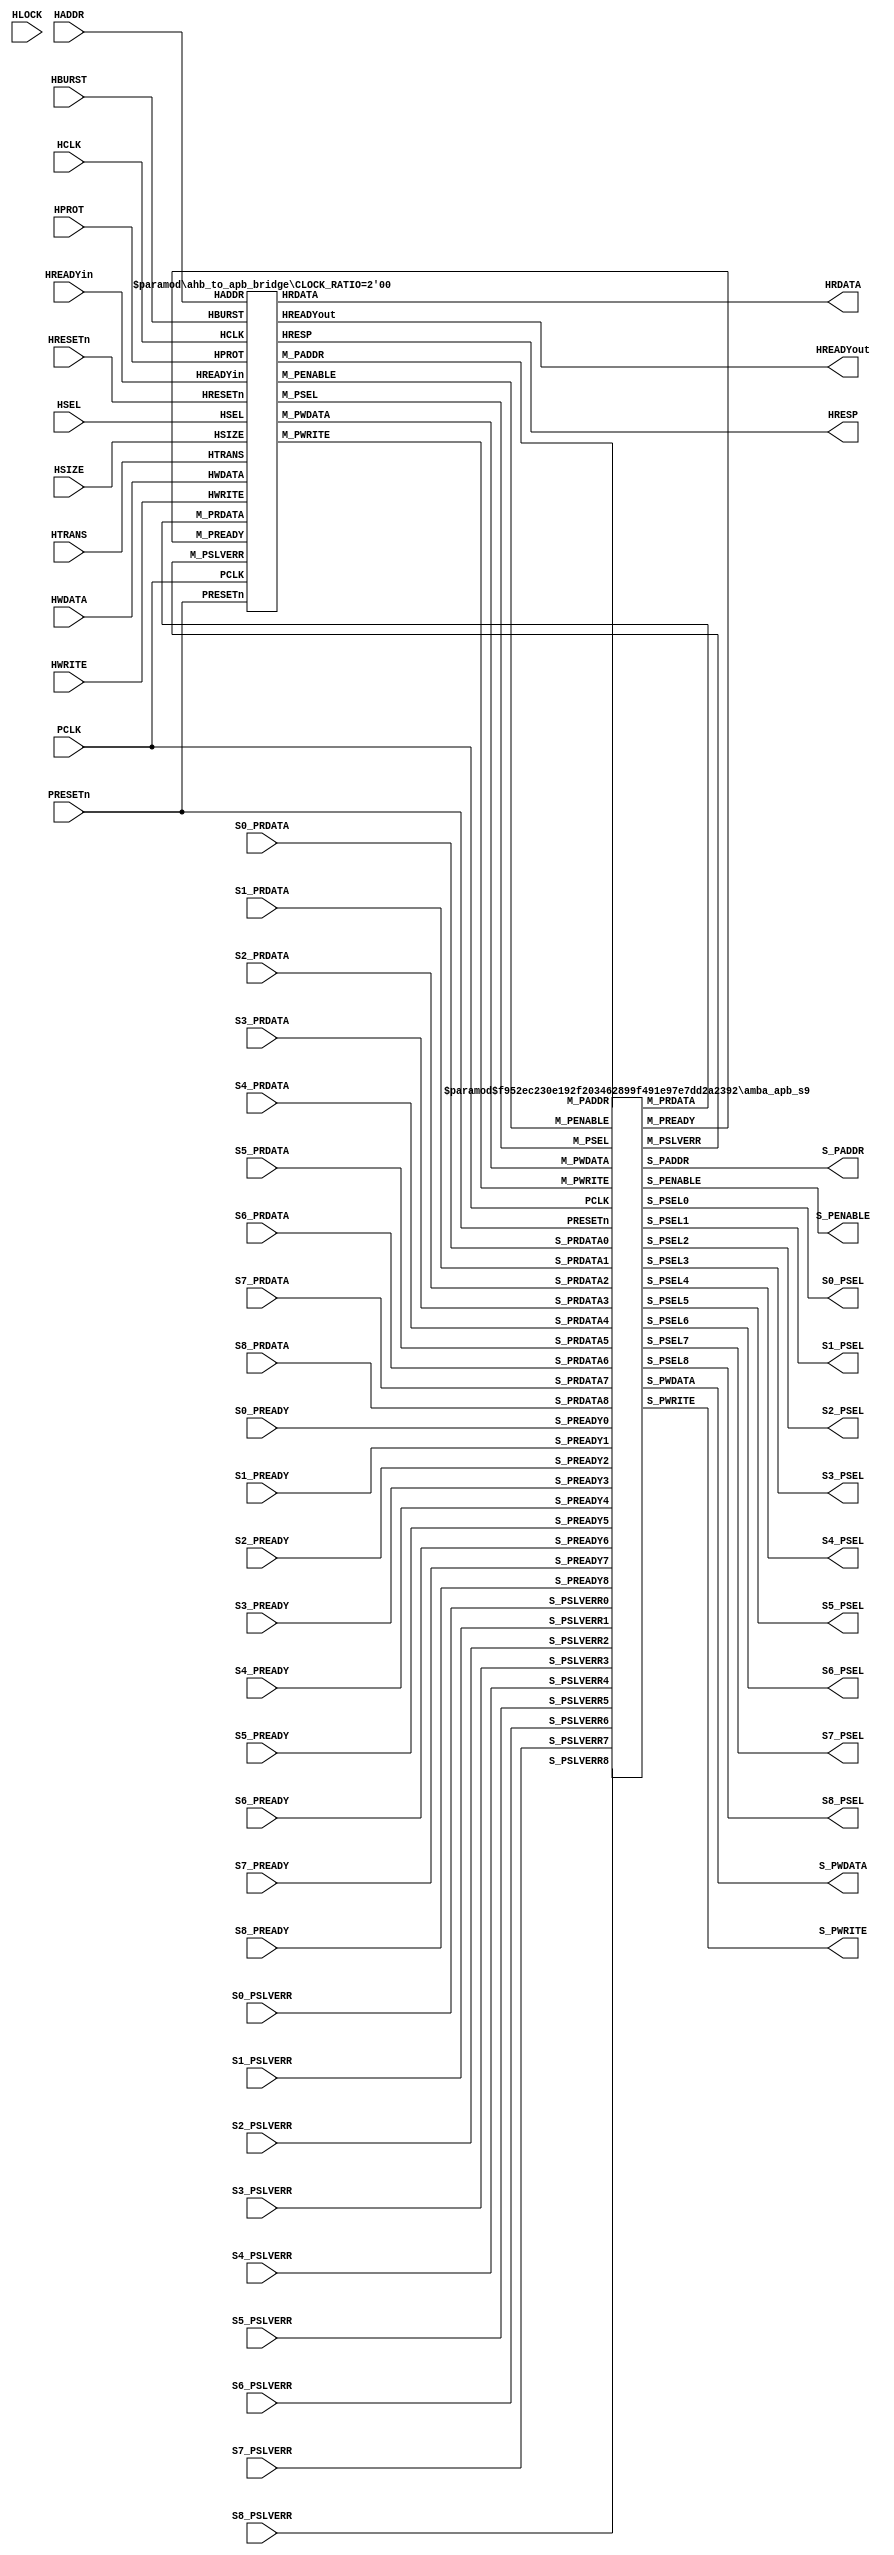
//---------------------------------------------------------------------------
// gen_amba_apb.v generated by "gen_amba_apb"
//---------------------------------------------------------------------------
//---------------------------------------------------------------------------
 `define AMBA_APB3 
module ahb_to_apb_9s
     #(parameter P_NUM=9
               , P_PSEL0_START=32'h4A100000, P_PSEL0_SIZE=32'h00001000
               , P_PSEL1_START=32'h4A101000, P_PSEL1_SIZE=32'h00001000
               , P_PSEL2_START=32'h4A102000, P_PSEL2_SIZE=32'h00001000
               , P_PSEL3_START=32'h4A103000, P_PSEL3_SIZE=32'h00001000
               , P_PSEL4_START=32'h4A104000, P_PSEL4_SIZE=32'h00001000
               , P_PSEL5_START=32'h4A105000, P_PSEL5_SIZE=32'h00001000
               , P_PSEL6_START=32'h4A106000, P_PSEL6_SIZE=32'h00001000
               , P_PSEL7_START=32'h4A107000, P_PSEL7_SIZE=32'h00001000
               , P_PSEL8_START=32'h4A108000, P_PSEL8_SIZE=32'h00001000
               , CLOCK_RATIO=2'b00 // 0=1:1, 3=async
       )
(
       input  wire        HRESETn
     , input  wire        HCLK
     , input  wire        HSEL
     , input  wire [31:0] HADDR
     , input  wire [ 1:0] HTRANS
     , input  wire [ 3:0] HPROT
     , input  wire        HLOCK
     , input  wire        HWRITE
     , input  wire [ 2:0] HSIZE
     , input  wire [ 2:0] HBURST
     , input  wire [31:0] HWDATA
     , output wire [31:0] HRDATA
     , output wire [ 1:0] HRESP
     , input  wire        HREADYin
     , output wire        HREADYout
     , input  wire        PCLK
     , input  wire        PRESETn
     , output wire        S_PENABLE
     , output wire [31:0] S_PADDR
     , output wire        S_PWRITE
     , output wire [31:0] S_PWDATA
     , output wire        S0_PSEL
     , input  wire [31:0] S0_PRDATA
     `ifdef AMBA_APB3
     , input  wire        S0_PREADY
     , input  wire        S0_PSLVERR
     `endif
     , output wire        S1_PSEL
     , input  wire [31:0] S1_PRDATA
     `ifdef AMBA_APB3
     , input  wire        S1_PREADY
     , input  wire        S1_PSLVERR
     `endif
     , output wire        S2_PSEL
     , input  wire [31:0] S2_PRDATA
     `ifdef AMBA_APB3
     , input  wire        S2_PREADY
     , input  wire        S2_PSLVERR
     `endif
     , output wire        S3_PSEL
     , input  wire [31:0] S3_PRDATA
     `ifdef AMBA_APB3
     , input  wire        S3_PREADY
     , input  wire        S3_PSLVERR
     `endif
     , output wire        S4_PSEL
     , input  wire [31:0] S4_PRDATA
     `ifdef AMBA_APB3
     , input  wire        S4_PREADY
     , input  wire        S4_PSLVERR
     `endif
     , output wire        S5_PSEL
     , input  wire [31:0] S5_PRDATA
     `ifdef AMBA_APB3
     , input  wire        S5_PREADY
     , input  wire        S5_PSLVERR
     `endif
     , output wire        S6_PSEL
     , input  wire [31:0] S6_PRDATA
     `ifdef AMBA_APB3
     , input  wire        S6_PREADY
     , input  wire        S6_PSLVERR
     `endif
     , output wire        S7_PSEL
     , input  wire [31:0] S7_PRDATA
     `ifdef AMBA_APB3
     , input  wire        S7_PREADY
     , input  wire        S7_PSLVERR
     `endif
     , output wire        S8_PSEL
     , input  wire [31:0] S8_PRDATA
     `ifdef AMBA_APB3
     , input  wire        S8_PREADY
     , input  wire        S8_PSLVERR
     `endif
     `ifdef AMBA_APB4
     , output wire [ 2:0] S_PPROT
     , output wire [ 3:0] S_PSTRB
     `endif
);
   //-----------------------------------------------------
   wire        M_PSEL   ;
   wire        M_PENABLE;
   wire [31:0] M_PADDR  ;
   wire        M_PWRITE ;
   wire [31:0] M_PRDATA ;
   wire [31:0] M_PWDATA ;
   `ifdef AMBA_APB3
   wire        M_PREADY ;
   wire        M_PSLVERR;
   `endif
   `ifdef AMBA_APB4
   wire [ 2:0] M_PPROT  ;
   wire [ 3:0] M_PSTRB  ;
   `endif
   //-----------------------------------------------------
    ahb_to_apb_bridge #(.CLOCK_RATIO(CLOCK_RATIO))
    u_ahb_to_apb_bridge (
          .HRESETn   (HRESETn)
        , .HCLK      (HCLK)
        , .HSEL      (HSEL)
        , .HADDR     (HADDR)
        , .HTRANS    (HTRANS)
        , .HPROT     (HPROT)
        , .HWRITE    (HWRITE)
        , .HSIZE     (HSIZE)
        , .HBURST    (HBURST)
        , .HWDATA    (HWDATA)
        , .HRDATA    (HRDATA)
        , .HRESP     (HRESP)
        , .HREADYin  (HREADYin)
        , .HREADYout (HREADYout)

        , .PCLK      (PCLK)
        , .PRESETn   (PRESETn)
        , .M_PSEL    (M_PSEL)
        , .M_PENABLE (M_PENABLE)
        , .M_PADDR   (M_PADDR)
        , .M_PWRITE  (M_PWRITE)
        , .M_PRDATA  (M_PRDATA)
        , .M_PWDATA  (M_PWDATA)

        `ifdef AMBA_APB3
        , .M_PREADY      (M_PREADY )
        , .M_PSLVERR     (M_PSLVERR)
        `endif
        `ifdef AMBA_APB4
        , .M_PPROT       (M_PPROT)
        , .M_PSTRB       (M_PSTRB)
        `endif

   );
   //-----------------------------------------------------
   amba_apb_s9 #(.P_NUM(9)// num of slaves
                ,.P_PSEL0_START(P_PSEL0_START),.P_PSEL0_SIZE(P_PSEL0_SIZE)
                ,.P_PSEL1_START(P_PSEL1_START),.P_PSEL1_SIZE(P_PSEL1_SIZE)
                ,.P_PSEL2_START(P_PSEL2_START),.P_PSEL2_SIZE(P_PSEL2_SIZE)
                ,.P_PSEL3_START(P_PSEL3_START),.P_PSEL3_SIZE(P_PSEL3_SIZE)
                ,.P_PSEL4_START(P_PSEL4_START),.P_PSEL4_SIZE(P_PSEL4_SIZE)
                ,.P_PSEL5_START(P_PSEL5_START),.P_PSEL5_SIZE(P_PSEL5_SIZE)
                ,.P_PSEL6_START(P_PSEL6_START),.P_PSEL6_SIZE(P_PSEL6_SIZE)
                ,.P_PSEL7_START(P_PSEL7_START),.P_PSEL7_SIZE(P_PSEL7_SIZE)
                ,.P_PSEL8_START(P_PSEL8_START),.P_PSEL8_SIZE(P_PSEL8_SIZE)
                )
   u_amba_apb_s9 (
       .PRESETn       (PRESETn    )
     , .PCLK          (PCLK       )
     , .M_PSEL        (M_PSEL     )
     , .M_PENABLE     (M_PENABLE  )
     , .M_PADDR       (M_PADDR    )
     , .M_PWRITE      (M_PWRITE   )
     , .M_PWDATA      (M_PWDATA   )
     , .M_PRDATA      (M_PRDATA   )
     `ifdef AMBA_APB3
     , .M_PREADY      (M_PREADY   )
     , .M_PSLVERR     (M_PSLVERR  )
     `endif
     `ifdef AMBA_APB4
     , .M_PPROT       (M_PPROT    )
     , .M_PSTRB       (M_PSTRB    )
     `endif
     , .S_PADDR       (S_PADDR      )
     , .S_PENABLE     (S_PENABLE    )
     , .S_PWRITE      (S_PWRITE     )
     , .S_PWDATA      (S_PWDATA     )
     `ifdef AMBA_APB4
     , .S_PPROT       (S_PPROT      )
     , .S_PSTRB       (S_PSTRB      )
     `endif
     , .S_PSEL0      (S0_PSEL     )
     , .S_PRDATA0    (S0_PRDATA   )
     `ifdef AMBA_APB3
     , .S_PREADY0    (S0_PREADY   )
     , .S_PSLVERR0   (S0_PSLVERR  )
     `endif
     , .S_PSEL1      (S1_PSEL     )
     , .S_PRDATA1    (S1_PRDATA   )
     `ifdef AMBA_APB3
     , .S_PREADY1    (S1_PREADY   )
     , .S_PSLVERR1   (S1_PSLVERR  )
     `endif
     , .S_PSEL2      (S2_PSEL     )
     , .S_PRDATA2    (S2_PRDATA   )
     `ifdef AMBA_APB3
     , .S_PREADY2    (S2_PREADY   )
     , .S_PSLVERR2   (S2_PSLVERR  )
     `endif
     , .S_PSEL3      (S3_PSEL     )
     , .S_PRDATA3    (S3_PRDATA   )
     `ifdef AMBA_APB3
     , .S_PREADY3    (S3_PREADY   )
     , .S_PSLVERR3   (S3_PSLVERR  )
     `endif
     , .S_PSEL4      (S4_PSEL     )
     , .S_PRDATA4    (S4_PRDATA   )
     `ifdef AMBA_APB3
     , .S_PREADY4    (S4_PREADY   )
     , .S_PSLVERR4   (S4_PSLVERR  )
     `endif
     , .S_PSEL5      (S5_PSEL     )
     , .S_PRDATA5    (S5_PRDATA   )
     `ifdef AMBA_APB3
     , .S_PREADY5    (S5_PREADY   )
     , .S_PSLVERR5   (S5_PSLVERR  )
     `endif
     , .S_PSEL6      (S6_PSEL     )
     , .S_PRDATA6    (S6_PRDATA   )
     `ifdef AMBA_APB3
     , .S_PREADY6    (S6_PREADY   )
     , .S_PSLVERR6   (S6_PSLVERR  )
     `endif
     , .S_PSEL7      (S7_PSEL     )
     , .S_PRDATA7    (S7_PRDATA   )
     `ifdef AMBA_APB3
     , .S_PREADY7    (S7_PREADY   )
     , .S_PSLVERR7   (S7_PSLVERR  )
     `endif
     , .S_PSEL8      (S8_PSEL     )
     , .S_PRDATA8    (S8_PRDATA   )
     `ifdef AMBA_APB3
     , .S_PREADY8    (S8_PREADY   )
     , .S_PSLVERR8   (S8_PSLVERR  )
     `endif
   );
   //-----------------------------------------------------
endmodule
//---------------------------------------------------------------------------
//---------------------------------------------------------------------------
`ifndef AHB_TO_APB_BRIDGE_V
`define AHB_TO_APB_BRIDGE_V
module ahb_to_apb_bridge
     #(parameter CLOCK_RATIO=2'b00) // 0=1:1, 3=async
(
       input  wire        HRESETn
     , input  wire        HCLK
     , input  wire        HSEL
     , input  wire [31:0] HADDR
     , input  wire [ 1:0] HTRANS
     , input  wire [ 3:0] HPROT
     , input  wire        HWRITE
     , input  wire [ 2:0] HSIZE
     , input  wire [ 2:0] HBURST
     , input  wire [31:0] HWDATA
     , output reg  [31:0] HRDATA
     , output reg  [ 1:0] HRESP
     , input  wire        HREADYin
     , output reg         HREADYout
     //-----------------------------------------------------------
     , input  wire        PCLK
     , input  wire        PRESETn
     , output reg         M_PSEL
     , output reg         M_PENABLE
     , output wire [31:0] M_PADDR
     , output wire        M_PWRITE
     , input  wire [31:0] M_PRDATA
     , output wire [31:0] M_PWDATA
     `ifdef AMBA_APB3
     , input  wire        M_PREADY
     , input  wire        M_PSLVERR
     `endif
     `ifdef AMBA_APB4
     , output wire [ 2:0] M_PPROT
     , output wire [ 3:0] M_PSTRB
     `endif
);
   //-----------------------------------------------------
   `ifndef AMBA_APB3
   wire    M_PREADY  = 1'b1;
   wire    M_PSLVERR = 1'b0;
   `endif
   `ifndef AMBA_APB4
   wire [ 2:0] M_PPROT;
   wire [ 3:0] M_PSTRB;
   `endif
   //-----------------------------------------------------
   reg  [31:0] tADDR ;
   reg         tWRITE;
   reg  [31:0] tWDATA;
   reg  [31:0] tRDATA;
   reg         tREQ  =1'b0;
   reg         tACK  =1'b0;
   reg         tERROR;
   reg  [ 2:0] tPROT ;
   reg  [ 3:0] tSTRB ;
   //-----------------------------------------------------
   assign M_PADDR   = tADDR ;
   assign M_PWRITE  = tWRITE;
   assign M_PWDATA  = tWDATA;
   assign M_PPROT   = tPROT ;
   assign M_PSTRB   = tSTRB ;
   //-----------------------------------------------------
   reg        tACKsync, tACKsync0, tACKsync1;
   always @ (posedge HCLK or negedge HRESETn) begin
       if (HRESETn==0) begin
          tACKsync0 <= 1'b0;
          tACKsync1 <= 1'b0;
       end else begin
          tACKsync0 <= tACK;
          tACKsync1 <= tACKsync0;
       end
   end
   always @ ( * ) begin
       case (CLOCK_RATIO)
       2'b00: tACKsync = tACK;
       2'b01: tACKsync = tACKsync1;
       2'b10: tACKsync = tACKsync1;
       2'b11: tACKsync = tACKsync1;
       endcase
   end
   //-----------------------------------------------------
   localparam STH_IDLE   =  'h0,
              STH_WRITE0 =  'h1,
              STH_WRITE1 =  'h2,
              STH_READ0  =  'h3,
              STH_WAIT   =  'h4;
   reg [2:0] state=STH_IDLE;
   //-----------------------------------------------------
   // AHB bus wrapper
   always @ (posedge HCLK or negedge HRESETn) begin
       if (HRESETn==0) begin
           HRDATA    <= 32'b0;
           HRESP     <=  2'b00; //`HRESP_OKAY;
           HREADYout <=  1'b1;
           tADDR     <= 32'h0;
           tWDATA    <= 32'h0;
           tWRITE    <=  1'b0;
           tPROT     <=  3'h0;
           tSTRB     <=  4'hF;
           tREQ      <=  1'b0;
           state     <= STH_IDLE;
       end else begin // if (HRESETn==0) begin
           case (state)
           STH_IDLE: begin
                if (HSEL && HREADYin) begin
                   case (HTRANS)
                   //`HTRANS_IDLE, `HTRANS_BUSY: begin
                   2'b00, 2'b01: begin
                          HREADYout <= 1'b1;
                          HRESP     <= 2'b00; //`HRESP_OKAY;
                          state     <= STH_IDLE;
                   end // HTRANS_IDLE or HTRANS_BUSY
                   //`HTRANS_NONSEQ, `HTRANS_SEQ: begin
                   2'b10, 2'b11: begin
                              HREADYout <= 1'b0;
                              HRESP     <= 2'b00; //`HRESP_OKAY;
                              tADDR     <= HADDR[31:0];
                              tWRITE    <= HWRITE;
                              tPROT     <= {~HPROT[0],1'b1,HPROT[1]};
                              tSTRB     <= get_strb(HADDR[1:0],HSIZE);
                              if (HWRITE) begin
                                  state <= STH_WRITE0;
                              end else begin
                                  tREQ  <= 1'b1;
                                  state <= STH_READ0;
                              end
                   end // HTRANS_NONSEQ or HTRANS_SEQ
                   endcase // HTRANS
                end else begin// if (HSEL && HREADYin)
                    HREADYout <= 1'b1;
                    HRESP     <= 2'b00; //`HRESP_OKAY;
                end
                end // STH_IDLE
           STH_WRITE0: begin
                     tWDATA    <= HWDATA;
                     tREQ      <= 1'b1;
                     state     <= STH_WRITE1;
                end // STH_WRITE0
           STH_WRITE1: begin
                     if (tACKsync ) begin
                         tREQ      <= 1'b0;
                         HRESP     <= {1'b0,tERROR};
                         tADDR     <= 32'b0;
                         tWDATA    <= 32'b0;
                         tWRITE    <= 1'b0;
                         if (CLOCK_RATIO==2'b00) begin
                             HREADYout <= 1'b1;
                             state     <= STH_IDLE;
                         end else begin
                             state     <= STH_WAIT;
                         end
                     end
                end // STH_WRITE1
           STH_READ0: begin
                    if (tACKsync ) begin
                         tREQ      <= 1'b0;
                         HRDATA    <= tRDATA;
                         HRESP     <= {1'b0,tERROR};
                         if (CLOCK_RATIO==2'b00) begin
                             HREADYout <= 1'b1;
                             state     <= STH_IDLE;
                         end else begin
                             state     <= STH_WAIT;
                         end
                    end
                end // STH_READ0
           STH_WAIT: begin
                if (tACKsync==1'b0) begin
                    HREADYout <= 1'b1;
                    state     <= STH_IDLE;
                end
                end // STH_WAIT
           endcase // state
       end // if (HRESETn==0)
   end // always
   //-----------------------------------------------------
   reg         tREQsync, tREQsync0, tREQsync1;
   always @ (posedge PCLK or negedge PRESETn) begin
       if (PRESETn==0) begin
          tREQsync0 <= 1'b0;
          tREQsync1 <= 1'b0;
       end else begin
          tREQsync0 <= tREQ;
          tREQsync1 <= tREQsync0;
       end
   end
   always @ ( * ) begin
       case (CLOCK_RATIO)
       2'b00: tREQsync = tREQ;
       2'b01: tREQsync = tREQsync1;
       2'b10: tREQsync = tREQsync1;
       2'b11: tREQsync = tREQsync1;
       endcase
   end
   //-----------------------------------------------------
   localparam STP_IDLE  = 2'h0,
              STP_SETUP = 2'h1,
              STP_GO    = 2'h2,
              STP_WAIT  = 2'h3;
   reg [1:0] pstate=STP_IDLE;
   //-----------------------------------------------------
   always @ (posedge PCLK or negedge PRESETn) begin
       if (PRESETn==0) begin
           M_PSEL    <=  1'b0;
           M_PENABLE <=  1'b0;
           tACK      <=  1'b0;
           tRDATA    <= 32'b0;
           tERROR    <=  1'b0;
           pstate    <= STP_IDLE;
       end else begin
           case (pstate)
           STP_IDLE: begin
               if (tREQsync ) begin
                     M_PSEL  <= 1'b1;
                     pstate  <= STP_SETUP;
               end
               end // STP_IDLE
           STP_SETUP: begin
               M_PENABLE <= 1'b1;
               pstate    <= STP_GO;
               end // STP_SETUP
           STP_GO: begin
               if (M_PREADY) begin
                  M_PENABLE <= 1'b0;
                  M_PSEL    <= 1'b0;
                  tACK      <= 1'b1;
                  tRDATA    <= M_PRDATA;
                  tERROR    <= M_PSLVERR;
                  pstate    <= STP_WAIT;
               end
               end // STP_GO
           STP_WAIT: begin
               if (CLOCK_RATIO==2'b0) begin
                   tACK   <= 1'b0;
                   pstate <= STP_IDLE;
               end else begin
                  if (tREQsync==1'b0) begin
                      tACK   <= 1'b0;
                      pstate <= STP_IDLE;
                  end
               end
               end // STP_WAIT
           endcase
       end // if (PRESETn==0)
   end // always @ (posedge PCLK or negedge PRESETn) begin
   //-----------------------------------------------------
   function [3:0] get_strb;
       input [1:0] add;   // address offset
       input [2:0] size;  // transfer size
       reg   [3:0] be;
       begin
          case ({size,add})
              `ifdef ENDIAN_BIG
              5'b010_00: be = 4'b1111; // word
              5'b001_00: be = 4'b1100; // halfword
              5'b001_10: be = 4'b0011; // halfword
              5'b000_00: be = 4'b1000; // byte
              5'b000_01: be = 4'b0100; // byte
              5'b000_10: be = 4'b0010; // byte
              5'b000_11: be = 4'b0001; // byte
              `else // little-endian -- default
              5'b010_00: be = 4'b1111; // word
              5'b001_00: be = 4'b0011; // halfword
              5'b001_10: be = 4'b1100; // halfword
              5'b000_00: be = 4'b0001; // byte
              5'b000_01: be = 4'b0010; // byte
              5'b000_10: be = 4'b0100; // byte
              5'b000_11: be = 4'b1000; // byte
              `endif
              default: begin
                       be = 4'b0;
                       `ifdef RIGOR
                       // synthesis translate_off
                       $display("%%04d %%m ERROR: undefined combination of HSIZE(%%x) and HADDR[1:0](%%x)",
                                 $time, size, add);
                       // synthesis translate_on
                       `endif
                       end
          endcase
          get_strb = be;
       end
   endfunction
   //-----------------------------------------------------
endmodule
`endif
//---------------------------------------------------------------------------
//---------------------------------------------------------------------------
module amba_apb_s9
     #(parameter P_NUM=9 // num of slaves
               , P_PSEL0_START=32'h4A100000, P_PSEL0_SIZE=32'h00001000
               , P_PSEL1_START=32'h4A101000, P_PSEL1_SIZE=32'h00001000
               , P_PSEL2_START=32'h4A102000, P_PSEL2_SIZE=32'h00001000
               , P_PSEL3_START=32'h4A103000, P_PSEL3_SIZE=32'h00001000
               , P_PSEL4_START=32'h4A104000, P_PSEL4_SIZE=32'h00001000
               , P_PSEL5_START=32'h4A105000, P_PSEL5_SIZE=32'h00001000
               , P_PSEL6_START=32'h4A106000, P_PSEL6_SIZE=32'h00001000
               , P_PSEL7_START=32'h4A107000, P_PSEL7_SIZE=32'h00001000
               , P_PSEL8_START=32'h4A108000, P_PSEL8_SIZE=32'h00001000
               )
(
       input   wire          PRESETn
     , input   wire          PCLK
     , input   wire          M_PSEL
     , input   wire          M_PENABLE
     , input   wire  [31:0]  M_PADDR
     , input   wire          M_PWRITE
     , input   wire  [31:0]  M_PWDATA
     , output  wire  [31:0]  M_PRDATA
     `ifdef AMBA_APB3
     , output  wire          M_PREADY
     , output  wire          M_PSLVERR
     `endif
     `ifdef AMBA_APB4
     , input   wire  [ 2:0]  M_PPROT
     , input   wire  [ 3:0]  M_PSTRB
     `endif
     , output  wire  [31:0]  S_PADDR
     , output  wire          S_PENABLE
     , output  wire          S_PWRITE
     , output  wire  [31:0]  S_PWDATA
     `ifdef AMBA_APB4
     , output  wire  [ 2:0]  S_PPROT
     , output  wire  [ 3:0]  S_PSTRB
     `endif
     , output  wire          S_PSEL0
     , input   wire  [31:0]  S_PRDATA0
     `ifdef AMBA_APB3
     , input   wire          S_PREADY0
     , input   wire          S_PSLVERR0
     `endif
     , output  wire          S_PSEL1
     , input   wire  [31:0]  S_PRDATA1
     `ifdef AMBA_APB3
     , input   wire          S_PREADY1
     , input   wire          S_PSLVERR1
     `endif
     , output  wire          S_PSEL2
     , input   wire  [31:0]  S_PRDATA2
     `ifdef AMBA_APB3
     , input   wire          S_PREADY2
     , input   wire          S_PSLVERR2
     `endif
     , output  wire          S_PSEL3
     , input   wire  [31:0]  S_PRDATA3
     `ifdef AMBA_APB3
     , input   wire          S_PREADY3
     , input   wire          S_PSLVERR3
     `endif
     , output  wire          S_PSEL4
     , input   wire  [31:0]  S_PRDATA4
     `ifdef AMBA_APB3
     , input   wire          S_PREADY4
     , input   wire          S_PSLVERR4
     `endif
     , output  wire          S_PSEL5
     , input   wire  [31:0]  S_PRDATA5
     `ifdef AMBA_APB3
     , input   wire          S_PREADY5
     , input   wire          S_PSLVERR5
     `endif
     , output  wire          S_PSEL6
     , input   wire  [31:0]  S_PRDATA6
     `ifdef AMBA_APB3
     , input   wire          S_PREADY6
     , input   wire          S_PSLVERR6
     `endif
     , output  wire          S_PSEL7
     , input   wire  [31:0]  S_PRDATA7
     `ifdef AMBA_APB3
     , input   wire          S_PREADY7
     , input   wire          S_PSLVERR7
     `endif
     , output  wire          S_PSEL8
     , input   wire  [31:0]  S_PRDATA8
     `ifdef AMBA_APB3
     , input   wire          S_PREADY8
     , input   wire          S_PSLVERR8
     `endif
);
     assign S_PADDR   = M_PADDR;
     assign S_PENABLE = M_PENABLE;
     assign S_PWRITE  = M_PWRITE;
     assign S_PWDATA  = M_PWDATA;
     `ifdef AMBA_APB4
     assign S_PPROT   = M_PPROT;
     assign S_PSTRB   = M_PSTRB;
     `endif
     apb_decoder_s9 #(.P_NUM(9)
                  ,.P_PSEL0_START(P_PSEL0_START),.P_PSEL0_SIZE(P_PSEL0_SIZE)
                  ,.P_PSEL1_START(P_PSEL1_START),.P_PSEL1_SIZE(P_PSEL1_SIZE)
                  ,.P_PSEL2_START(P_PSEL2_START),.P_PSEL2_SIZE(P_PSEL2_SIZE)
                  ,.P_PSEL3_START(P_PSEL3_START),.P_PSEL3_SIZE(P_PSEL3_SIZE)
                  ,.P_PSEL4_START(P_PSEL4_START),.P_PSEL4_SIZE(P_PSEL4_SIZE)
                  ,.P_PSEL5_START(P_PSEL5_START),.P_PSEL5_SIZE(P_PSEL5_SIZE)
                  ,.P_PSEL6_START(P_PSEL6_START),.P_PSEL6_SIZE(P_PSEL6_SIZE)
                  ,.P_PSEL7_START(P_PSEL7_START),.P_PSEL7_SIZE(P_PSEL7_SIZE)
                  ,.P_PSEL8_START(P_PSEL8_START),.P_PSEL8_SIZE(P_PSEL8_SIZE)
                  )
     u_apb_decoder (
           .PSEL  ( M_PSEL  )
         , .PADDR ( M_PADDR )
         , .PSEL0 ( S_PSEL0 )
         , .PSEL1 ( S_PSEL1 )
         , .PSEL2 ( S_PSEL2 )
         , .PSEL3 ( S_PSEL3 )
         , .PSEL4 ( S_PSEL4 )
         , .PSEL5 ( S_PSEL5 )
         , .PSEL6 ( S_PSEL6 )
         , .PSEL7 ( S_PSEL7 )
         , .PSEL8 ( S_PSEL8 )
     );
     apb_mux_s9 #(.P_NUM(9))
     u_apb_mux (
           .PSEL     ({S_PSEL8,S_PSEL7,S_PSEL6,S_PSEL5,S_PSEL4,S_PSEL3,S_PSEL2,S_PSEL1,S_PSEL0})
         , .PRDATA   (M_PRDATA )
         , .PRDATA0  (S_PRDATA0)
         , .PRDATA1  (S_PRDATA1)
         , .PRDATA2  (S_PRDATA2)
         , .PRDATA3  (S_PRDATA3)
         , .PRDATA4  (S_PRDATA4)
         , .PRDATA5  (S_PRDATA5)
         , .PRDATA6  (S_PRDATA6)
         , .PRDATA7  (S_PRDATA7)
         , .PRDATA8  (S_PRDATA8)
         `ifdef AMBA_APB3
         , .PREADY   (M_PREADY  )
         , .PSLVERR  (M_PSLVERR )
         , .PREADY0  (S_PREADY0)
         , .PSLVERR0 (S_PSLVERR0)
         , .PREADY1  (S_PREADY1)
         , .PSLVERR1 (S_PSLVERR1)
         , .PREADY2  (S_PREADY2)
         , .PSLVERR2 (S_PSLVERR2)
         , .PREADY3  (S_PREADY3)
         , .PSLVERR3 (S_PSLVERR3)
         , .PREADY4  (S_PREADY4)
         , .PSLVERR4 (S_PSLVERR4)
         , .PREADY5  (S_PREADY5)
         , .PSLVERR5 (S_PSLVERR5)
         , .PREADY6  (S_PREADY6)
         , .PSLVERR6 (S_PSLVERR6)
         , .PREADY7  (S_PREADY7)
         , .PSLVERR7 (S_PSLVERR7)
         , .PREADY8  (S_PREADY8)
         , .PSLVERR8 (S_PSLVERR8)
         `endif
     );
endmodule
//---------------------------------------------------------------------------
//---------------------------------------------------------------------------
module apb_decoder_s9
     #(parameter P_NUM=9 // num of slaves
               , P_PSEL0_START=32'h4A100000, P_PSEL0_SIZE=32'h00001000
               , P_PSEL0_END  =P_PSEL0_START+P_PSEL0_SIZE
               , P_PSEL1_START=32'h4A101000, P_PSEL1_SIZE=32'h00001000
               , P_PSEL1_END  =P_PSEL1_START+P_PSEL1_SIZE
               , P_PSEL2_START=32'h4A102000, P_PSEL2_SIZE=32'h00001000
               , P_PSEL2_END  =P_PSEL2_START+P_PSEL2_SIZE
               , P_PSEL3_START=32'h4A103000, P_PSEL3_SIZE=32'h00001000
               , P_PSEL3_END  =P_PSEL3_START+P_PSEL3_SIZE
               , P_PSEL4_START=32'h4A104000, P_PSEL4_SIZE=32'h00001000
               , P_PSEL4_END  =P_PSEL4_START+P_PSEL4_SIZE
               , P_PSEL5_START=32'h4A105000, P_PSEL5_SIZE=32'h00001000
               , P_PSEL5_END  =P_PSEL5_START+P_PSEL5_SIZE
               , P_PSEL6_START=32'h4A106000, P_PSEL6_SIZE=32'h00001000
               , P_PSEL6_END  =P_PSEL6_START+P_PSEL6_SIZE
               , P_PSEL7_START=32'hC0007000, P_PSEL7_SIZE=32'h00001000
               , P_PSEL7_END  =P_PSEL7_START+P_PSEL7_SIZE
               , P_PSEL8_START=32'h4A108000, P_PSEL8_SIZE=32'h00001000
               , P_PSEL8_END  =P_PSEL8_START+P_PSEL8_SIZE
               )
(
       input   wire        PSEL
     , input   wire [31:0] PADDR
     , output  wire        PSEL0
     , output  wire        PSEL1
     , output  wire        PSEL2
     , output  wire        PSEL3
     , output  wire        PSEL4
     , output  wire        PSEL5
     , output  wire        PSEL6
     , output  wire        PSEL7
     , output  wire        PSEL8
);
   assign PSEL0 = ((PSEL==1'b1)&&(P_NUM>0)&&(PADDR>=P_PSEL0_START)&&(PADDR<P_PSEL0_END)) ? 1'b1 : 1'b0;
   assign PSEL1 = ((PSEL==1'b1)&&(P_NUM>1)&&(PADDR>=P_PSEL1_START)&&(PADDR<P_PSEL1_END)) ? 1'b1 : 1'b0;
   assign PSEL2 = ((PSEL==1'b1)&&(P_NUM>2)&&(PADDR>=P_PSEL2_START)&&(PADDR<P_PSEL2_END)) ? 1'b1 : 1'b0;
   assign PSEL3 = ((PSEL==1'b1)&&(P_NUM>3)&&(PADDR>=P_PSEL3_START)&&(PADDR<P_PSEL3_END)) ? 1'b1 : 1'b0;
   assign PSEL4 = ((PSEL==1'b1)&&(P_NUM>4)&&(PADDR>=P_PSEL4_START)&&(PADDR<P_PSEL4_END)) ? 1'b1 : 1'b0;
   assign PSEL5 = ((PSEL==1'b1)&&(P_NUM>5)&&(PADDR>=P_PSEL5_START)&&(PADDR<P_PSEL5_END)) ? 1'b1 : 1'b0;
   assign PSEL6 = ((PSEL==1'b1)&&(P_NUM>6)&&(PADDR>=P_PSEL6_START)&&(PADDR<P_PSEL6_END)) ? 1'b1 : 1'b0;
   assign PSEL7 = ((PSEL==1'b1)&&(P_NUM>7)&&(PADDR>=P_PSEL7_START)&&(PADDR<P_PSEL7_END)) ? 1'b1 : 1'b0;
   assign PSEL8 = ((PSEL==1'b1)&&(P_NUM>8)&&(PADDR>=P_PSEL8_START)&&(PADDR<P_PSEL8_END)) ? 1'b1 : 1'b0;
   `ifdef RIGOR
   // synthesis translate_off
   initial begin
       if (P_PSEL0_SIZE==0) $display("%m ERROR P_PSEL0_SIZE should be positive 32-bit");
       if (P_PSEL1_SIZE==0) $display("%m ERROR P_PSEL1_SIZE should be positive 32-bit");
       if (P_PSEL2_SIZE==0) $display("%m ERROR P_PSEL2_SIZE should be positive 32-bit");
       if (P_PSEL3_SIZE==0) $display("%m ERROR P_PSEL3_SIZE should be positive 32-bit");
       if (P_PSEL4_SIZE==0) $display("%m ERROR P_PSEL4_SIZE should be positive 32-bit");
       if (P_PSEL5_SIZE==0) $display("%m ERROR P_PSEL5_SIZE should be positive 32-bit");
       if (P_PSEL6_SIZE==0) $display("%m ERROR P_PSEL6_SIZE should be positive 32-bit");
       if (P_PSEL7_SIZE==0) $display("%m ERROR P_PSEL7_SIZE should be positive 32-bit");
       if (P_PSEL8_SIZE==0) $display("%m ERROR P_PSEL8_SIZE should be positive 32-bit");
       if ((P_PSEL0_END>P_PSEL1_START)&&
           (P_PSEL0_END<=P_PSEL1_END)) $display("%m ERROR address range overlapped 0:1");
       if ((P_PSEL0_END>P_PSEL2_START)&&
           (P_PSEL0_END<=P_PSEL2_END)) $display("%m ERROR address range overlapped 0:2");
       if ((P_PSEL0_END>P_PSEL3_START)&&
           (P_PSEL0_END<=P_PSEL3_END)) $display("%m ERROR address range overlapped 0:3");
       if ((P_PSEL0_END>P_PSEL4_START)&&
           (P_PSEL0_END<=P_PSEL4_END)) $display("%m ERROR address range overlapped 0:4");
       if ((P_PSEL0_END>P_PSEL5_START)&&
           (P_PSEL0_END<=P_PSEL5_END)) $display("%m ERROR address range overlapped 0:5");
       if ((P_PSEL0_END>P_PSEL6_START)&&
           (P_PSEL0_END<=P_PSEL6_END)) $display("%m ERROR address range overlapped 0:6");
       if ((P_PSEL0_END>P_PSEL7_START)&&
           (P_PSEL0_END<=P_PSEL7_END)) $display("%m ERROR address range overlapped 0:7");
       if ((P_PSEL0_END>P_PSEL8_START)&&
           (P_PSEL0_END<=P_PSEL8_END)) $display("%m ERROR address range overlapped 0:8");
       if ((P_PSEL1_END>P_PSEL0_START)&&
           (P_PSEL1_END<=P_PSEL0_END)) $display("%m ERROR address range overlapped 1:0");
       if ((P_PSEL1_END>P_PSEL2_START)&&
           (P_PSEL1_END<=P_PSEL2_END)) $display("%m ERROR address range overlapped 1:2");
       if ((P_PSEL1_END>P_PSEL3_START)&&
           (P_PSEL1_END<=P_PSEL3_END)) $display("%m ERROR address range overlapped 1:3");
       if ((P_PSEL1_END>P_PSEL4_START)&&
           (P_PSEL1_END<=P_PSEL4_END)) $display("%m ERROR address range overlapped 1:4");
       if ((P_PSEL1_END>P_PSEL5_START)&&
           (P_PSEL1_END<=P_PSEL5_END)) $display("%m ERROR address range overlapped 1:5");
       if ((P_PSEL1_END>P_PSEL6_START)&&
           (P_PSEL1_END<=P_PSEL6_END)) $display("%m ERROR address range overlapped 1:6");
       if ((P_PSEL1_END>P_PSEL7_START)&&
           (P_PSEL1_END<=P_PSEL7_END)) $display("%m ERROR address range overlapped 1:7");
       if ((P_PSEL1_END>P_PSEL8_START)&&
           (P_PSEL1_END<=P_PSEL8_END)) $display("%m ERROR address range overlapped 1:8");
       if ((P_PSEL2_END>P_PSEL0_START)&&
           (P_PSEL2_END<=P_PSEL0_END)) $display("%m ERROR address range overlapped 2:0");
       if ((P_PSEL2_END>P_PSEL1_START)&&
           (P_PSEL2_END<=P_PSEL1_END)) $display("%m ERROR address range overlapped 2:1");
       if ((P_PSEL2_END>P_PSEL3_START)&&
           (P_PSEL2_END<=P_PSEL3_END)) $display("%m ERROR address range overlapped 2:3");
       if ((P_PSEL2_END>P_PSEL4_START)&&
           (P_PSEL2_END<=P_PSEL4_END)) $display("%m ERROR address range overlapped 2:4");
       if ((P_PSEL2_END>P_PSEL5_START)&&
           (P_PSEL2_END<=P_PSEL5_END)) $display("%m ERROR address range overlapped 2:5");
       if ((P_PSEL2_END>P_PSEL6_START)&&
           (P_PSEL2_END<=P_PSEL6_END)) $display("%m ERROR address range overlapped 2:6");
       if ((P_PSEL2_END>P_PSEL7_START)&&
           (P_PSEL2_END<=P_PSEL7_END)) $display("%m ERROR address range overlapped 2:7");
       if ((P_PSEL2_END>P_PSEL8_START)&&
           (P_PSEL2_END<=P_PSEL8_END)) $display("%m ERROR address range overlapped 2:8");
       if ((P_PSEL3_END>P_PSEL0_START)&&
           (P_PSEL3_END<=P_PSEL0_END)) $display("%m ERROR address range overlapped 3:0");
       if ((P_PSEL3_END>P_PSEL1_START)&&
           (P_PSEL3_END<=P_PSEL1_END)) $display("%m ERROR address range overlapped 3:1");
       if ((P_PSEL3_END>P_PSEL2_START)&&
           (P_PSEL3_END<=P_PSEL2_END)) $display("%m ERROR address range overlapped 3:2");
       if ((P_PSEL3_END>P_PSEL4_START)&&
           (P_PSEL3_END<=P_PSEL4_END)) $display("%m ERROR address range overlapped 3:4");
       if ((P_PSEL3_END>P_PSEL5_START)&&
           (P_PSEL3_END<=P_PSEL5_END)) $display("%m ERROR address range overlapped 3:5");
       if ((P_PSEL3_END>P_PSEL6_START)&&
           (P_PSEL3_END<=P_PSEL6_END)) $display("%m ERROR address range overlapped 3:6");
       if ((P_PSEL3_END>P_PSEL7_START)&&
           (P_PSEL3_END<=P_PSEL7_END)) $display("%m ERROR address range overlapped 3:7");
       if ((P_PSEL3_END>P_PSEL8_START)&&
           (P_PSEL3_END<=P_PSEL8_END)) $display("%m ERROR address range overlapped 3:8");
       if ((P_PSEL4_END>P_PSEL0_START)&&
           (P_PSEL4_END<=P_PSEL0_END)) $display("%m ERROR address range overlapped 4:0");
       if ((P_PSEL4_END>P_PSEL1_START)&&
           (P_PSEL4_END<=P_PSEL1_END)) $display("%m ERROR address range overlapped 4:1");
       if ((P_PSEL4_END>P_PSEL2_START)&&
           (P_PSEL4_END<=P_PSEL2_END)) $display("%m ERROR address range overlapped 4:2");
       if ((P_PSEL4_END>P_PSEL3_START)&&
           (P_PSEL4_END<=P_PSEL3_END)) $display("%m ERROR address range overlapped 4:3");
       if ((P_PSEL4_END>P_PSEL5_START)&&
           (P_PSEL4_END<=P_PSEL5_END)) $display("%m ERROR address range overlapped 4:5");
       if ((P_PSEL4_END>P_PSEL6_START)&&
           (P_PSEL4_END<=P_PSEL6_END)) $display("%m ERROR address range overlapped 4:6");
       if ((P_PSEL4_END>P_PSEL7_START)&&
           (P_PSEL4_END<=P_PSEL7_END)) $display("%m ERROR address range overlapped 4:7");
       if ((P_PSEL4_END>P_PSEL8_START)&&
           (P_PSEL4_END<=P_PSEL8_END)) $display("%m ERROR address range overlapped 4:8");
       if ((P_PSEL5_END>P_PSEL0_START)&&
           (P_PSEL5_END<=P_PSEL0_END)) $display("%m ERROR address range overlapped 5:0");
       if ((P_PSEL5_END>P_PSEL1_START)&&
           (P_PSEL5_END<=P_PSEL1_END)) $display("%m ERROR address range overlapped 5:1");
       if ((P_PSEL5_END>P_PSEL2_START)&&
           (P_PSEL5_END<=P_PSEL2_END)) $display("%m ERROR address range overlapped 5:2");
       if ((P_PSEL5_END>P_PSEL3_START)&&
           (P_PSEL5_END<=P_PSEL3_END)) $display("%m ERROR address range overlapped 5:3");
       if ((P_PSEL5_END>P_PSEL4_START)&&
           (P_PSEL5_END<=P_PSEL4_END)) $display("%m ERROR address range overlapped 5:4");
       if ((P_PSEL5_END>P_PSEL6_START)&&
           (P_PSEL5_END<=P_PSEL6_END)) $display("%m ERROR address range overlapped 5:6");
       if ((P_PSEL5_END>P_PSEL7_START)&&
           (P_PSEL5_END<=P_PSEL7_END)) $display("%m ERROR address range overlapped 5:7");
       if ((P_PSEL5_END>P_PSEL8_START)&&
           (P_PSEL5_END<=P_PSEL8_END)) $display("%m ERROR address range overlapped 5:8");
       if ((P_PSEL6_END>P_PSEL0_START)&&
           (P_PSEL6_END<=P_PSEL0_END)) $display("%m ERROR address range overlapped 6:0");
       if ((P_PSEL6_END>P_PSEL1_START)&&
           (P_PSEL6_END<=P_PSEL1_END)) $display("%m ERROR address range overlapped 6:1");
       if ((P_PSEL6_END>P_PSEL2_START)&&
           (P_PSEL6_END<=P_PSEL2_END)) $display("%m ERROR address range overlapped 6:2");
       if ((P_PSEL6_END>P_PSEL3_START)&&
           (P_PSEL6_END<=P_PSEL3_END)) $display("%m ERROR address range overlapped 6:3");
       if ((P_PSEL6_END>P_PSEL4_START)&&
           (P_PSEL6_END<=P_PSEL4_END)) $display("%m ERROR address range overlapped 6:4");
       if ((P_PSEL6_END>P_PSEL5_START)&&
           (P_PSEL6_END<=P_PSEL5_END)) $display("%m ERROR address range overlapped 6:5");
       if ((P_PSEL6_END>P_PSEL7_START)&&
           (P_PSEL6_END<=P_PSEL7_END)) $display("%m ERROR address range overlapped 6:7");
       if ((P_PSEL6_END>P_PSEL8_START)&&
           (P_PSEL6_END<=P_PSEL8_END)) $display("%m ERROR address range overlapped 6:8");
       if ((P_PSEL7_END>P_PSEL0_START)&&
           (P_PSEL7_END<=P_PSEL0_END)) $display("%m ERROR address range overlapped 7:0");
       if ((P_PSEL7_END>P_PSEL1_START)&&
           (P_PSEL7_END<=P_PSEL1_END)) $display("%m ERROR address range overlapped 7:1");
       if ((P_PSEL7_END>P_PSEL2_START)&&
           (P_PSEL7_END<=P_PSEL2_END)) $display("%m ERROR address range overlapped 7:2");
       if ((P_PSEL7_END>P_PSEL3_START)&&
           (P_PSEL7_END<=P_PSEL3_END)) $display("%m ERROR address range overlapped 7:3");
       if ((P_PSEL7_END>P_PSEL4_START)&&
           (P_PSEL7_END<=P_PSEL4_END)) $display("%m ERROR address range overlapped 7:4");
       if ((P_PSEL7_END>P_PSEL5_START)&&
           (P_PSEL7_END<=P_PSEL5_END)) $display("%m ERROR address range overlapped 7:5");
       if ((P_PSEL7_END>P_PSEL6_START)&&
           (P_PSEL7_END<=P_PSEL6_END)) $display("%m ERROR address range overlapped 7:6");
       if ((P_PSEL7_END>P_PSEL8_START)&&
           (P_PSEL7_END<=P_PSEL8_END)) $display("%m ERROR address range overlapped 7:8");
       if ((P_PSEL8_END>P_PSEL0_START)&&
           (P_PSEL8_END<=P_PSEL0_END)) $display("%m ERROR address range overlapped 8:0");
       if ((P_PSEL8_END>P_PSEL1_START)&&
           (P_PSEL8_END<=P_PSEL1_END)) $display("%m ERROR address range overlapped 8:1");
       if ((P_PSEL8_END>P_PSEL2_START)&&
           (P_PSEL8_END<=P_PSEL2_END)) $display("%m ERROR address range overlapped 8:2");
       if ((P_PSEL8_END>P_PSEL3_START)&&
           (P_PSEL8_END<=P_PSEL3_END)) $display("%m ERROR address range overlapped 8:3");
       if ((P_PSEL8_END>P_PSEL4_START)&&
           (P_PSEL8_END<=P_PSEL4_END)) $display("%m ERROR address range overlapped 8:4");
       if ((P_PSEL8_END>P_PSEL5_START)&&
           (P_PSEL8_END<=P_PSEL5_END)) $display("%m ERROR address range overlapped 8:5");
       if ((P_PSEL8_END>P_PSEL6_START)&&
           (P_PSEL8_END<=P_PSEL6_END)) $display("%m ERROR address range overlapped 8:6");
       if ((P_PSEL8_END>P_PSEL7_START)&&
           (P_PSEL8_END<=P_PSEL7_END)) $display("%m ERROR address range overlapped 8:7");
   end
   // synthesis translate_on
   `endif
endmodule
//---------------------------------------------------------------------------
//---------------------------------------------------------------------------
module apb_mux_s9
     #(parameter P_NUM=9) // num of slaves
(
       input   wire  [P_NUM-1:0]  PSEL
     , output  reg   [31:0]       PRDATA
     , input   wire  [31:0]       PRDATA0
     , input   wire  [31:0]       PRDATA1
     , input   wire  [31:0]       PRDATA2
     , input   wire  [31:0]       PRDATA3
     , input   wire  [31:0]       PRDATA4
     , input   wire  [31:0]       PRDATA5
     , input   wire  [31:0]       PRDATA6
     , input   wire  [31:0]       PRDATA7
     , input   wire  [31:0]       PRDATA8
     `ifdef AMBA_APB3
     , output  reg                PREADY
     , output  reg                PSLVERR
     , input   wire               PREADY0
     , input   wire               PSLVERR0
     , input   wire               PREADY1
     , input   wire               PSLVERR1
     , input   wire               PREADY2
     , input   wire               PSLVERR2
     , input   wire               PREADY3
     , input   wire               PSLVERR3
     , input   wire               PREADY4
     , input   wire               PSLVERR4
     , input   wire               PREADY5
     , input   wire               PSLVERR5
     , input   wire               PREADY6
     , input   wire               PSLVERR6
     , input   wire               PREADY7
     , input   wire               PSLVERR7
     , input   wire               PREADY8
     , input   wire               PSLVERR8
     `endif
);
     always @ ( PSEL or PRDATA0 or PRDATA1 or PRDATA2 or PRDATA3 or PRDATA4 or PRDATA5 or PRDATA6 or PRDATA7 or PRDATA8) begin
     case (PSEL)
     9'h1: PRDATA = PRDATA0;
     9'h2: PRDATA = PRDATA1;
     9'h4: PRDATA = PRDATA2;
     9'h8: PRDATA = PRDATA3;
     9'h10: PRDATA = PRDATA4;
     9'h20: PRDATA = PRDATA5;
     9'h40: PRDATA = PRDATA6;
     9'h80: PRDATA = PRDATA7;
     9'h100: PRDATA = PRDATA8;
     default: PRDATA = 32'h0;
     endcase
     end // always
     `ifdef AMBA_APB3
     always @ ( PSEL or PREADY0 or PREADY1 or PREADY2 or PREADY3 or PREADY4 or PREADY5 or PREADY6 or PREADY7 or PREADY8) begin
     case (PSEL)
     9'h1: PREADY = PREADY0;
     9'h2: PREADY = PREADY1;
     9'h4: PREADY = PREADY2;
     9'h8: PREADY = PREADY3;
     9'h10: PREADY = PREADY4;
     9'h20: PREADY = PREADY5;
     9'h40: PREADY = PREADY6;
     9'h80: PREADY = PREADY7;
     9'h100: PREADY = PREADY8;
     default: PREADY = 1'b1; // make ready by default
     endcase
     end // always
     `endif
     `ifdef AMBA_APB3
     always @ ( PSEL or PSLVERR0 or PSLVERR1 or PSLVERR2 or PSLVERR3 or PSLVERR4 or PSLVERR5 or PSLVERR6 or PSLVERR7 or PSLVERR8) begin
     case (PSEL)
     9'h1: PSLVERR = PSLVERR0;
     9'h2: PSLVERR = PSLVERR1;
     9'h4: PSLVERR = PSLVERR2;
     9'h8: PSLVERR = PSLVERR3;
     9'h10: PSLVERR = PSLVERR4;
     9'h20: PSLVERR = PSLVERR5;
     9'h40: PSLVERR = PSLVERR6;
     9'h80: PSLVERR = PSLVERR7;
     9'h100: PSLVERR = PSLVERR8;
     default: PSLVERR = 1'b1; // make error by default
     endcase
     end // always
     `endif
endmodule
//---------------------------------------------------------------------------
/* Copyright 2018 Ando Ki (andoki@gmail.com)

Redistribution and use in source and binary forms, with or without modification, are permitted provided that the following conditions are met:

1. Redistributions of source code must retain the above copyright notice, this list of conditions and the following disclaimer.

2. Redistributions in binary form must reproduce the above copyright notice, this list of conditions and the following disclaimer in the documentation and/or other materials provided with the distribution.

THIS SOFTWARE IS PROVIDED BY THE COPYRIGHT HOLDERS AND CONTRIBUTORS "AS IS" AND ANY EXPRESS OR IMPLIED WARRANTIES, INCLUDING, BUT NOT LIMITED TO, THE IMPLIED WARRANTIES OF MERCHANTABILITY AND FITNESS FOR A PARTICULAR PURPOSE ARE DISCLAIMED. IN NO EVENT SHALL THE COPYRIGHT HOLDER OR CONTRIBUTORS BE LIABLE FOR ANY DIRECT, INDIRECT, INCIDENTAL, SPECIAL, EXEMPLARY, OR CONSEQUENTIAL DAMAGES (INCLUDING, BUT NOT LIMITED TO, PROCUREMENT OF SUBSTITUTE GOODS OR SERVICES; LOSS OF USE, DATA, OR PROFITS; OR BUSINESS INTERRUPTION) HOWEVER CAUSED AND ON ANY THEORY OF LIABILITY, WHETHER IN CONTRACT, STRICT LIABILITY, OR TORT (INCLUDING NEGLIGENCE OR OTHERWISE) ARISING IN ANY WAY OUT OF THE USE OF THIS SOFTWARE, EVEN IF ADVISED OF THE POSSIBILITY OF SUCH DAMAGE.

*/